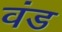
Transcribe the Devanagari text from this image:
वंड